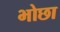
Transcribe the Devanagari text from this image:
भोछा